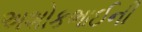
અશોકભાઈની